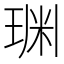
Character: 𱯂